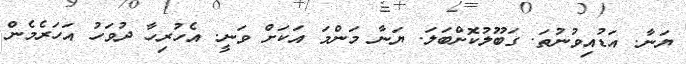
ޔަނާ. އަޑުއިވުނުތަ. ގަބޫލުކޮށްބަލަ. ޔަނާ މަންމަ އަކަށް ވަނީ. އެހުރިހާ ދުވަހު އަހަރެމެން